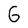
Character: 6